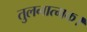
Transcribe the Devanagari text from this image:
तुलनात्मक।